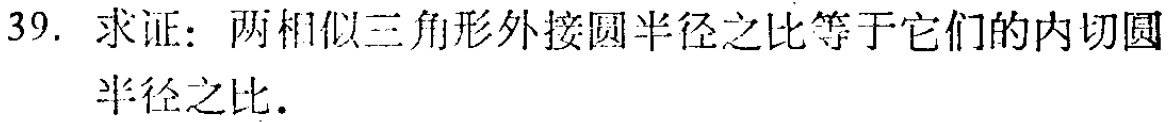
39. 求证：两相似三角形外接圆半径之比等于它们的内切圆半径之比.